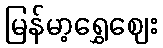
မြန်မာ့ရွှေဈေး